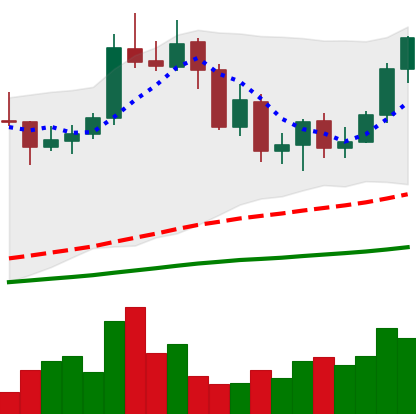
Ticker: NEO-USD
Chart end date: 2020-09-12
Forward return: 9.53%
Label: up_7plus